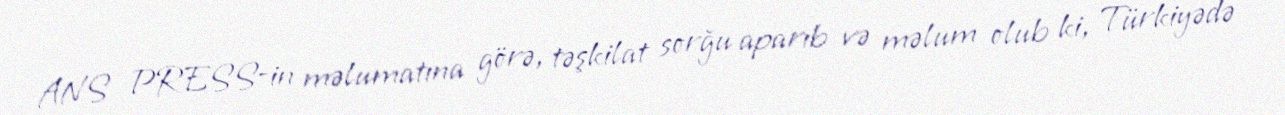
ANS PRESS-in məlumatına görə, təşkilat sorğu aparıb və məlum olub ki, Türkiyədə